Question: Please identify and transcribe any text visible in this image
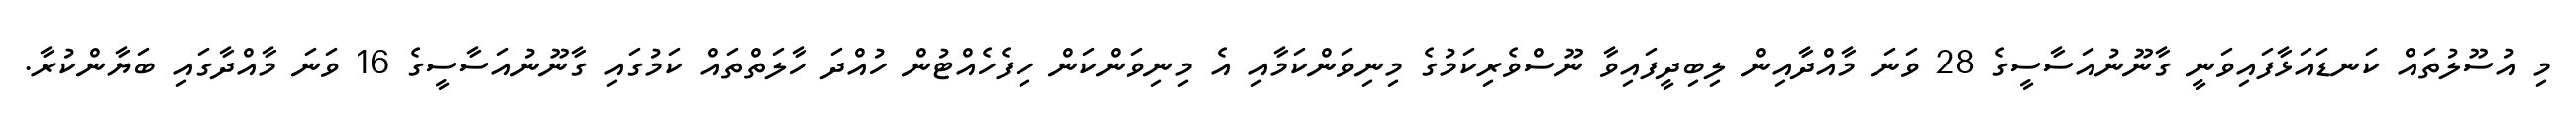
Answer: މި އުސޫލުތައް ކަނޑައަޅާފައިވަނީ ގާނޫނުއަސާސީގެ 28 ވަނަ މާއްދާއިން ލިބިދީފައިވާ ނޫސްވެރިކަމުގެ މިނިވަންކަމާއި އެ މިނިވަންކަން ހިފެހެއްޓުން ހުއްދަ ހާލަތްތައް ކަމުގައި ގާނޫނުއަސާސީގެ 16 ވަނަ މާއްދާގައި ބަޔާންކުރާ.